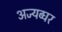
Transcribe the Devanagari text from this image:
अज्यब्घर